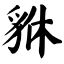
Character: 貅